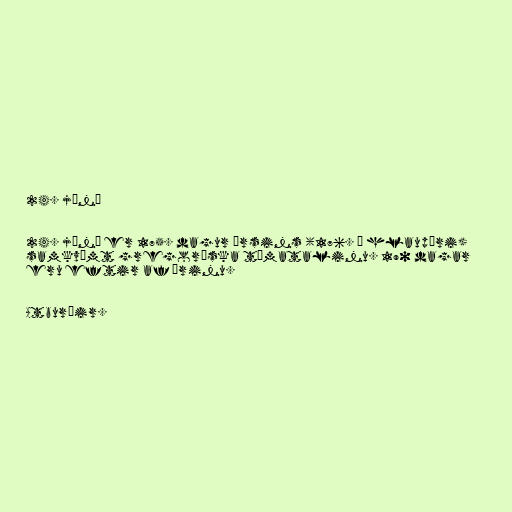
24. júní

24. júní er 175. dagur ársins (176. á hlaupári)
samkvæmt gregoríska tímatalinu. 190 dagar
eru eftir af árinu.

Atburðir.